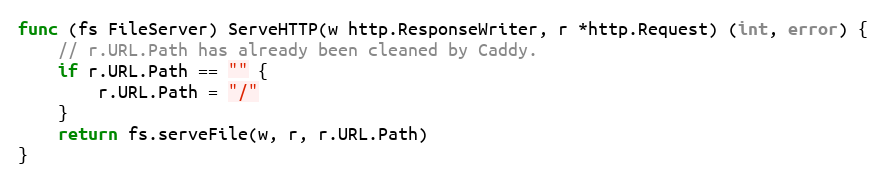
Language: Go
func (fs FileServer) ServeHTTP(w http.ResponseWriter, r *http.Request) (int, error) {
	// r.URL.Path has already been cleaned by Caddy.
	if r.URL.Path == "" {
		r.URL.Path = "/"
	}
	return fs.serveFile(w, r, r.URL.Path)
}